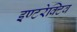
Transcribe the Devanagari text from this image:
इण्टरेक्टिव